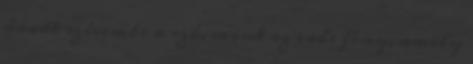
áradt szívembe a szó, mint az erős fény, amely